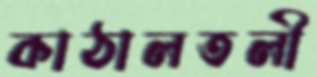
কাঠালতলী